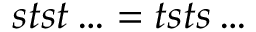
s t s t \ldots = t s t s \ldots